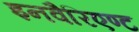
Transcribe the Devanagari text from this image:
इनवैरिएण्ट